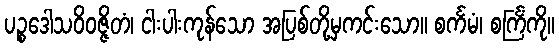
ပဉ္စဒေါသဝိဝဇ္ဇိတံ၊ ငါးပါးကုန်သော အပြစ်တို့မှကင်းသော။ စင်္ကမံ၊ စင်္ကြံကို။